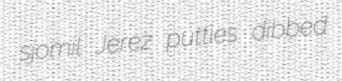
sjomil Jerez putties dibbed